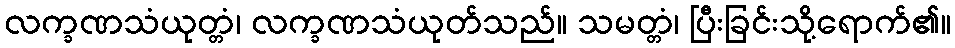
လက္ခဏသံယုတ္တံ၊ လက္ခဏသံယုတ်သည်။ သမတ္တံ၊ ပြီးခြင်းသို့ရောက်၏။